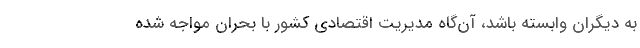
به دیگران وابسته باشد، آن‌گاه مدیریت اقتصادی کشور با بحران مواجه شده